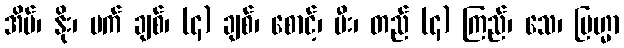
အိပ်၊ နိုး၊ မက် ချစ်၊ (၄) ချစ်၊ စောင့်၊ မီး၊ တည် (၄) ကြည်၊ သေ၊ ဗြဟ္မာ